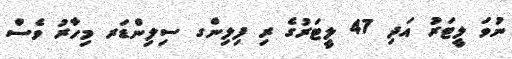
ނުވަ ލީޓަރު އަދި 47 ލީޓަރުގެ ރި ފިލިންގ ސިލިންޑަރ މިހާރު ވެސް